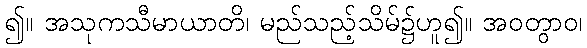
၍။ အသုကသီမာယာတိ၊ မည်သည့်သိမ်၌ဟူ၍။ အဝတွာဝ၊